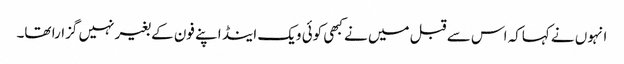
انہوں نے کہاکہ اس سے قبل میں نے کبھی کوئی ویک اینڈ اپنے فون کے بغیر نہیں گزارا تھا۔